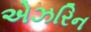
એઝરિન